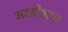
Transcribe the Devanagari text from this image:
अदवीआत